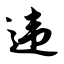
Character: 违